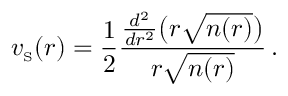
v _ { \scriptscriptstyle \mathrm { S } } ( r ) = \frac { 1 } { 2 } \frac { \frac { d ^ { 2 } } { d r ^ { 2 } } \big ( r \sqrt { n ( r ) } \big ) } { r \sqrt { n ( r ) } } \, .